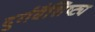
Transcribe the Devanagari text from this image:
दुर्गवैशिष्ट्य